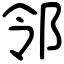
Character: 邻